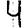
Digit: 4